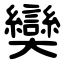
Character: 奱